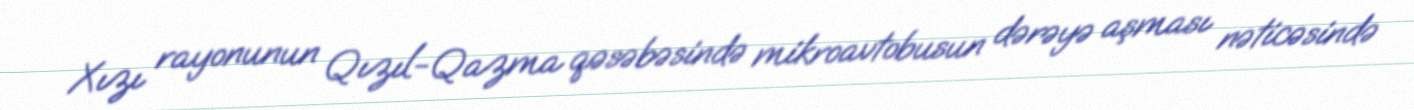
Xızı rayonunun Qızıl-Qazma qəsəbəsində mikroavtobusun dərəyə aşması nəticəsində